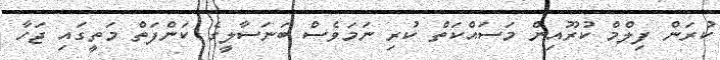
ކުރަން ފިލްމް ކުރޫއިން މަސައްކަތް ކުރި ނަމަވެސް ބަނަސާލީގެ ކަންފަތް މަތީގައި ޖަހާ